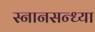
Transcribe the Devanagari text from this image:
स्नानसन्ध्या